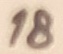
Text: 18